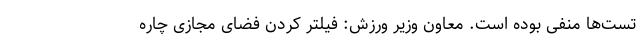
تست‌ها منفی بوده است. معاون وزیر ورزش: فیلتر کردن فضای مجازی چاره